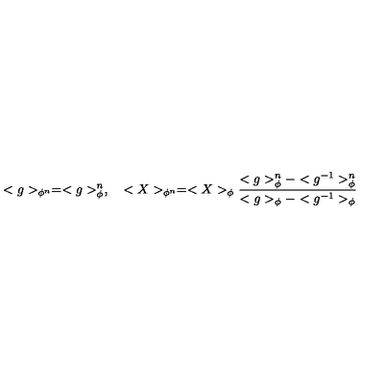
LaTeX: < g > _ { \phi ^ { n } } = < g > _ { \phi } ^ { n } , \quad < X > _ { \phi ^ { n } } = < X > _ { \phi } { \frac { < g > _ { \phi } ^ { n } - < g ^ { - 1 } > _ { \phi } ^ { n } } { < g > _ { \phi } - < g ^ { - 1 } > _ { \phi } } }